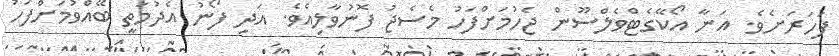
ފަހަރަށެވެ. އަނާ އޯކޭގެޓްވެލްސޫން ޖެހުމަށްފަހު މެސެޖު ފޮނުވާލިއެވެ. އަދި ފޯނު އެދުމަތީ ބޭއްވުމަށްފަހު